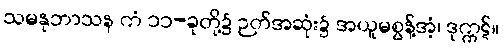
သမနုဘာသန ကံ ၁၁-ခုတို့၌ ဉတ်အဆုံး၌ အယူမစွန့်အံ့၊ ဒုက္ကဋ်။